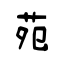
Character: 苑